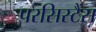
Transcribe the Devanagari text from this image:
परसिस्टैंस